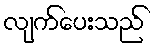
လျက်ပေးသည်